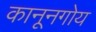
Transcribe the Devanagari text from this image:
कानूनगोय